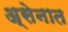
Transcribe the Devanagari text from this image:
अ्सेनात